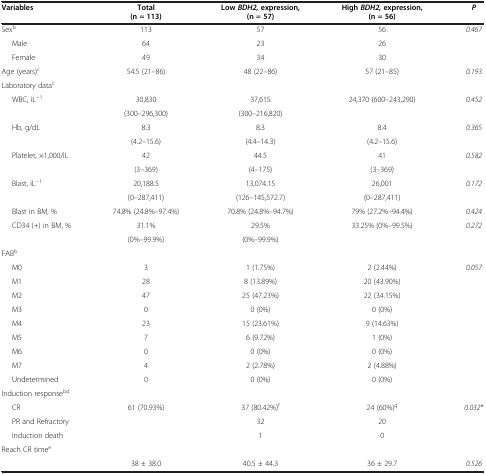
<table><thead><tr><td><b>Variables</b></td><td><b>Total (n = 113)</b></td><td><b>Low <i>BDH2, </i>expression, (n = 57)</b></td><td><b>High <i>BDH2, </i>expression, (n = 56)</b></td><td><b><i>P</i></b></td></tr></thead><tbody><tr><td>Sex<sup>b</sup></td><td>113</td><td>57</td><td>56</td><td><i>0.467</i></td></tr><tr><td>Male</td><td>64</td><td>23</td><td>26</td><td> </td></tr><tr><td>Female</td><td>49</td><td>34</td><td>30</td><td> </td></tr><tr><td>Age (years)<sup>c</sup></td><td>54.5 (21–86)</td><td>48 (22–86)</td><td>57 (21–85)</td><td><i>0.193</i></td></tr><tr><td>Laboratory data<sup>c</sup></td><td> </td><td> </td><td> </td><td> </td></tr><tr><td rowspan="2">WBC, ìL<sup>−1</sup></td><td>30,830</td><td>37,615</td><td rowspan="2">24,370 (600–243,290)</td><td rowspan="2"><i>0.452</i></td></tr><tr><td>(300–296,300)</td><td>(300–216,820)</td></tr><tr><td rowspan="2">Hb, g/dL</td><td>8.3</td><td>8.3</td><td>8.4</td><td rowspan="2"><i>0.365</i></td></tr><tr><td>(4.2–15.6)</td><td>(4.4–14.3)</td><td>(4.2–15.6)</td></tr><tr><td rowspan="2">Platelet, ×1,000/ìL</td><td>42</td><td>44.5</td><td>41</td><td rowspan="2"><i>0.582</i></td></tr><tr><td>(3–369)</td><td>(4–175)</td><td>(3–369)</td></tr><tr><td rowspan="2">Blast, ìL<sup>−1</sup></td><td>20,188.5</td><td>13,074.15</td><td>26,001</td><td rowspan="2"><i>0.172</i></td></tr><tr><td>(0–287,411)</td><td>(126–145,572.7)</td><td>(0–287,411)</td></tr><tr><td>Blast in BM, %</td><td>74.8% (24.8%–97.4%)</td><td>70.8% (24.8%–94.7%)</td><td>79% (27.2%–94.4%)</td><td><i>0.424</i></td></tr><tr><td rowspan="2">CD34 (+) in BM, %</td><td>31.1%</td><td>29.5%</td><td rowspan="2">33.25% (0%–99.5%)</td><td rowspan="2"><i>0.272</i></td></tr><tr><td>(0%–99.9%)</td><td>(0%–99.9%)</td></tr><tr><td>FAB<sup>b</sup></td><td> </td><td> </td><td> </td><td> </td></tr><tr><td>M0</td><td>3</td><td>1 (1.75%)</td><td>2 (2.44%)</td><td><i>0.057</i></td></tr><tr><td>M1</td><td>28</td><td>8 (13.89%)</td><td>20 (43.90%)</td><td> </td></tr><tr><td>M2</td><td>47</td><td>25 (47.23%)</td><td>22 (34.15%)</td><td rowspan="2"> </td></tr><tr><td>M3</td><td>0</td><td>0 (0%)</td><td>0 (0%)</td></tr><tr><td>M4</td><td>23</td><td>15 (23.61%)</td><td>9 (14.63%)</td><td> </td></tr><tr><td>M5</td><td>7</td><td>6 (9.72%)</td><td>1 (0%)</td><td> </td></tr><tr><td>M6</td><td>0</td><td>0 (0%)</td><td>0 (0%)</td><td rowspan="2"> </td></tr><tr><td>M7</td><td>4</td><td>2 (2.78%)</td><td>2 (4.88%)</td></tr><tr><td>Undetermined</td><td>0</td><td>0 (0%)</td><td>0 (0%)</td><td> </td></tr><tr><td>Induction response<sup>bd</sup></td><td> </td><td> </td><td> </td><td> </td></tr><tr><td>CR</td><td>61 (70.93%)</td><td>37 (80.42%)<sup>f</sup></td><td>24 (60%)<sup>g</sup></td><td><i>0.032</i>*</td></tr><tr><td>PR and Refractory</td><td> </td><td>32</td><td>20</td><td> </td></tr><tr><td>Induction death</td><td> </td><td>1</td><td>0</td><td> </td></tr><tr><td>Reach CR time<sup>e</sup></td><td> </td><td> </td><td> </td><td> </td></tr><tr><td> </td><td>38 ± 38.0</td><td>40.5 ± 44.3</td><td>36 ± 29.7</td><td><i>0.526</i></td></tr></tbody></table>